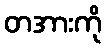
တအားကို